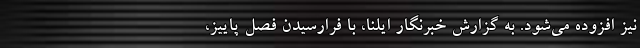
نیز افزوده می‌شود. به گزارش خبرنگار ایلنا، با فرارسیدن فصل پاییز،